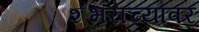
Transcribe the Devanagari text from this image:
शंभराच्यावर